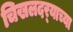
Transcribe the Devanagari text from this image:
चिखलदर्‍याच्या